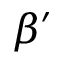
\beta ^ { \prime }